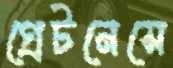
গ্রেটনেসে